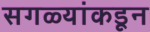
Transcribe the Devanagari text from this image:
सगळ्यांकडून